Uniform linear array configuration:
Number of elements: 48
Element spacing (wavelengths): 0.75
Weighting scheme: hann
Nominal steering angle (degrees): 60
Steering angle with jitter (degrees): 61.609
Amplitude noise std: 0.05
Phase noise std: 0.05

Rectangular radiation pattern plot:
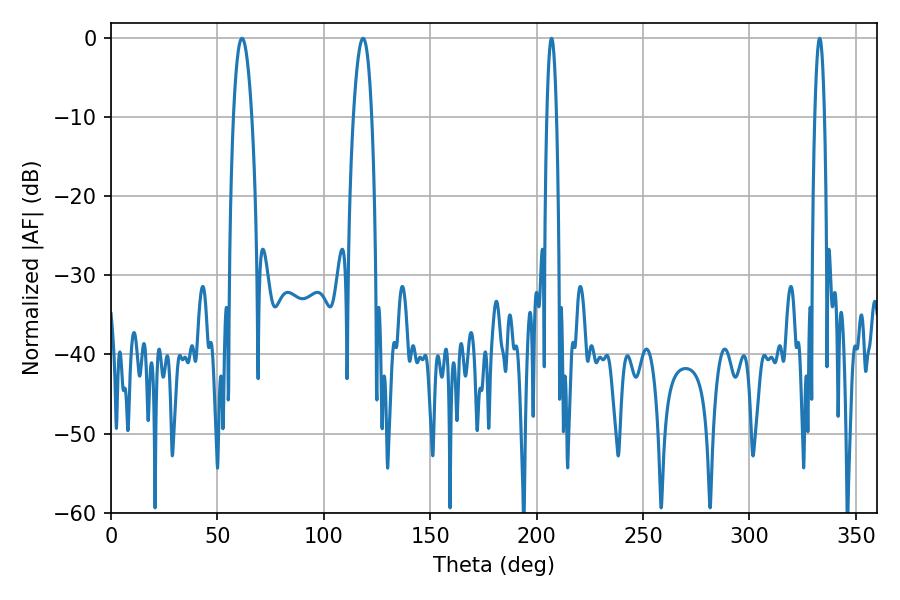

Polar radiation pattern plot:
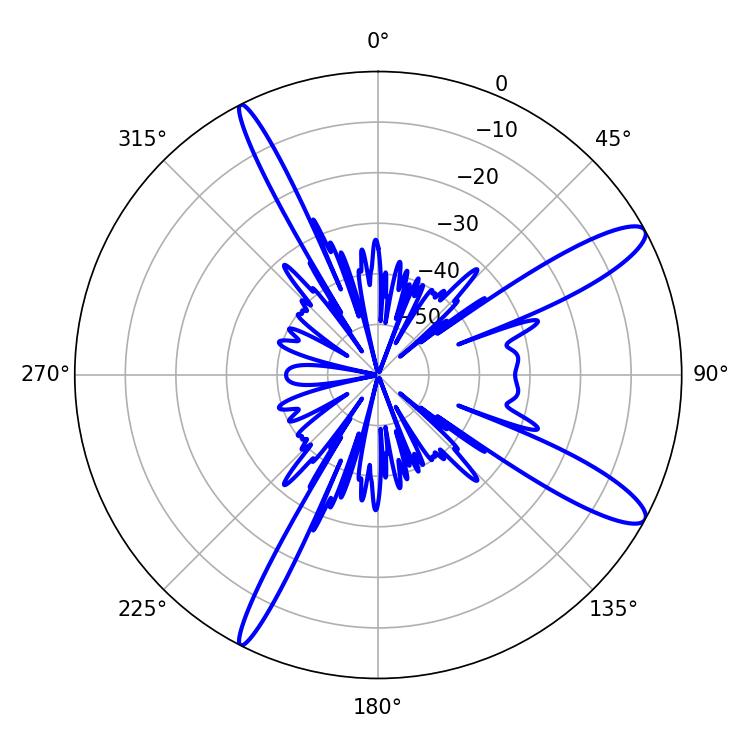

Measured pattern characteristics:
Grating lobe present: TRUE
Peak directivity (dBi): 12.395
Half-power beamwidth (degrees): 4.86
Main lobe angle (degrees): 61.56